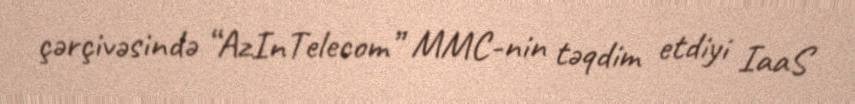
çərçivəsində “AzInTelecom” MMC-nin təqdim etdiyi IaaS